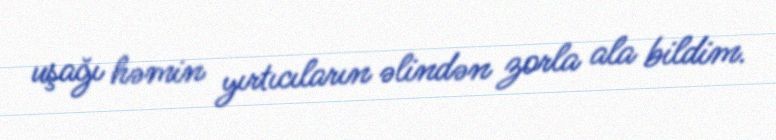
uşağı həmin yırtıcıların əlindən zorla ala bildim.